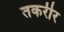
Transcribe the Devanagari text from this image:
तकरीर